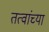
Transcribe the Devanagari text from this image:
तत्वांच्या